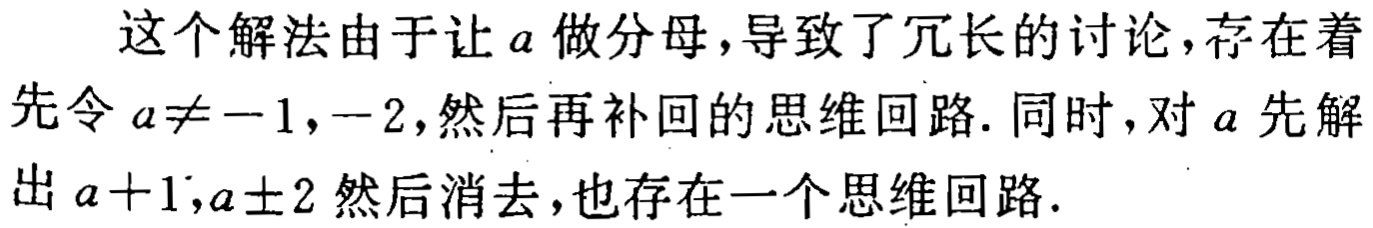
这个解法由于让\(a\)做分母，导致了冗长的讨论，存在着先令\(a\neq -1,-2\)，然后再补回的思维回路. 同时，对\(a\)先解出\(a + 1,a\pm 2\)然后消去，也存在一个思维回路.